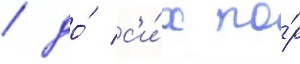
/ до́ с'и́х по́р